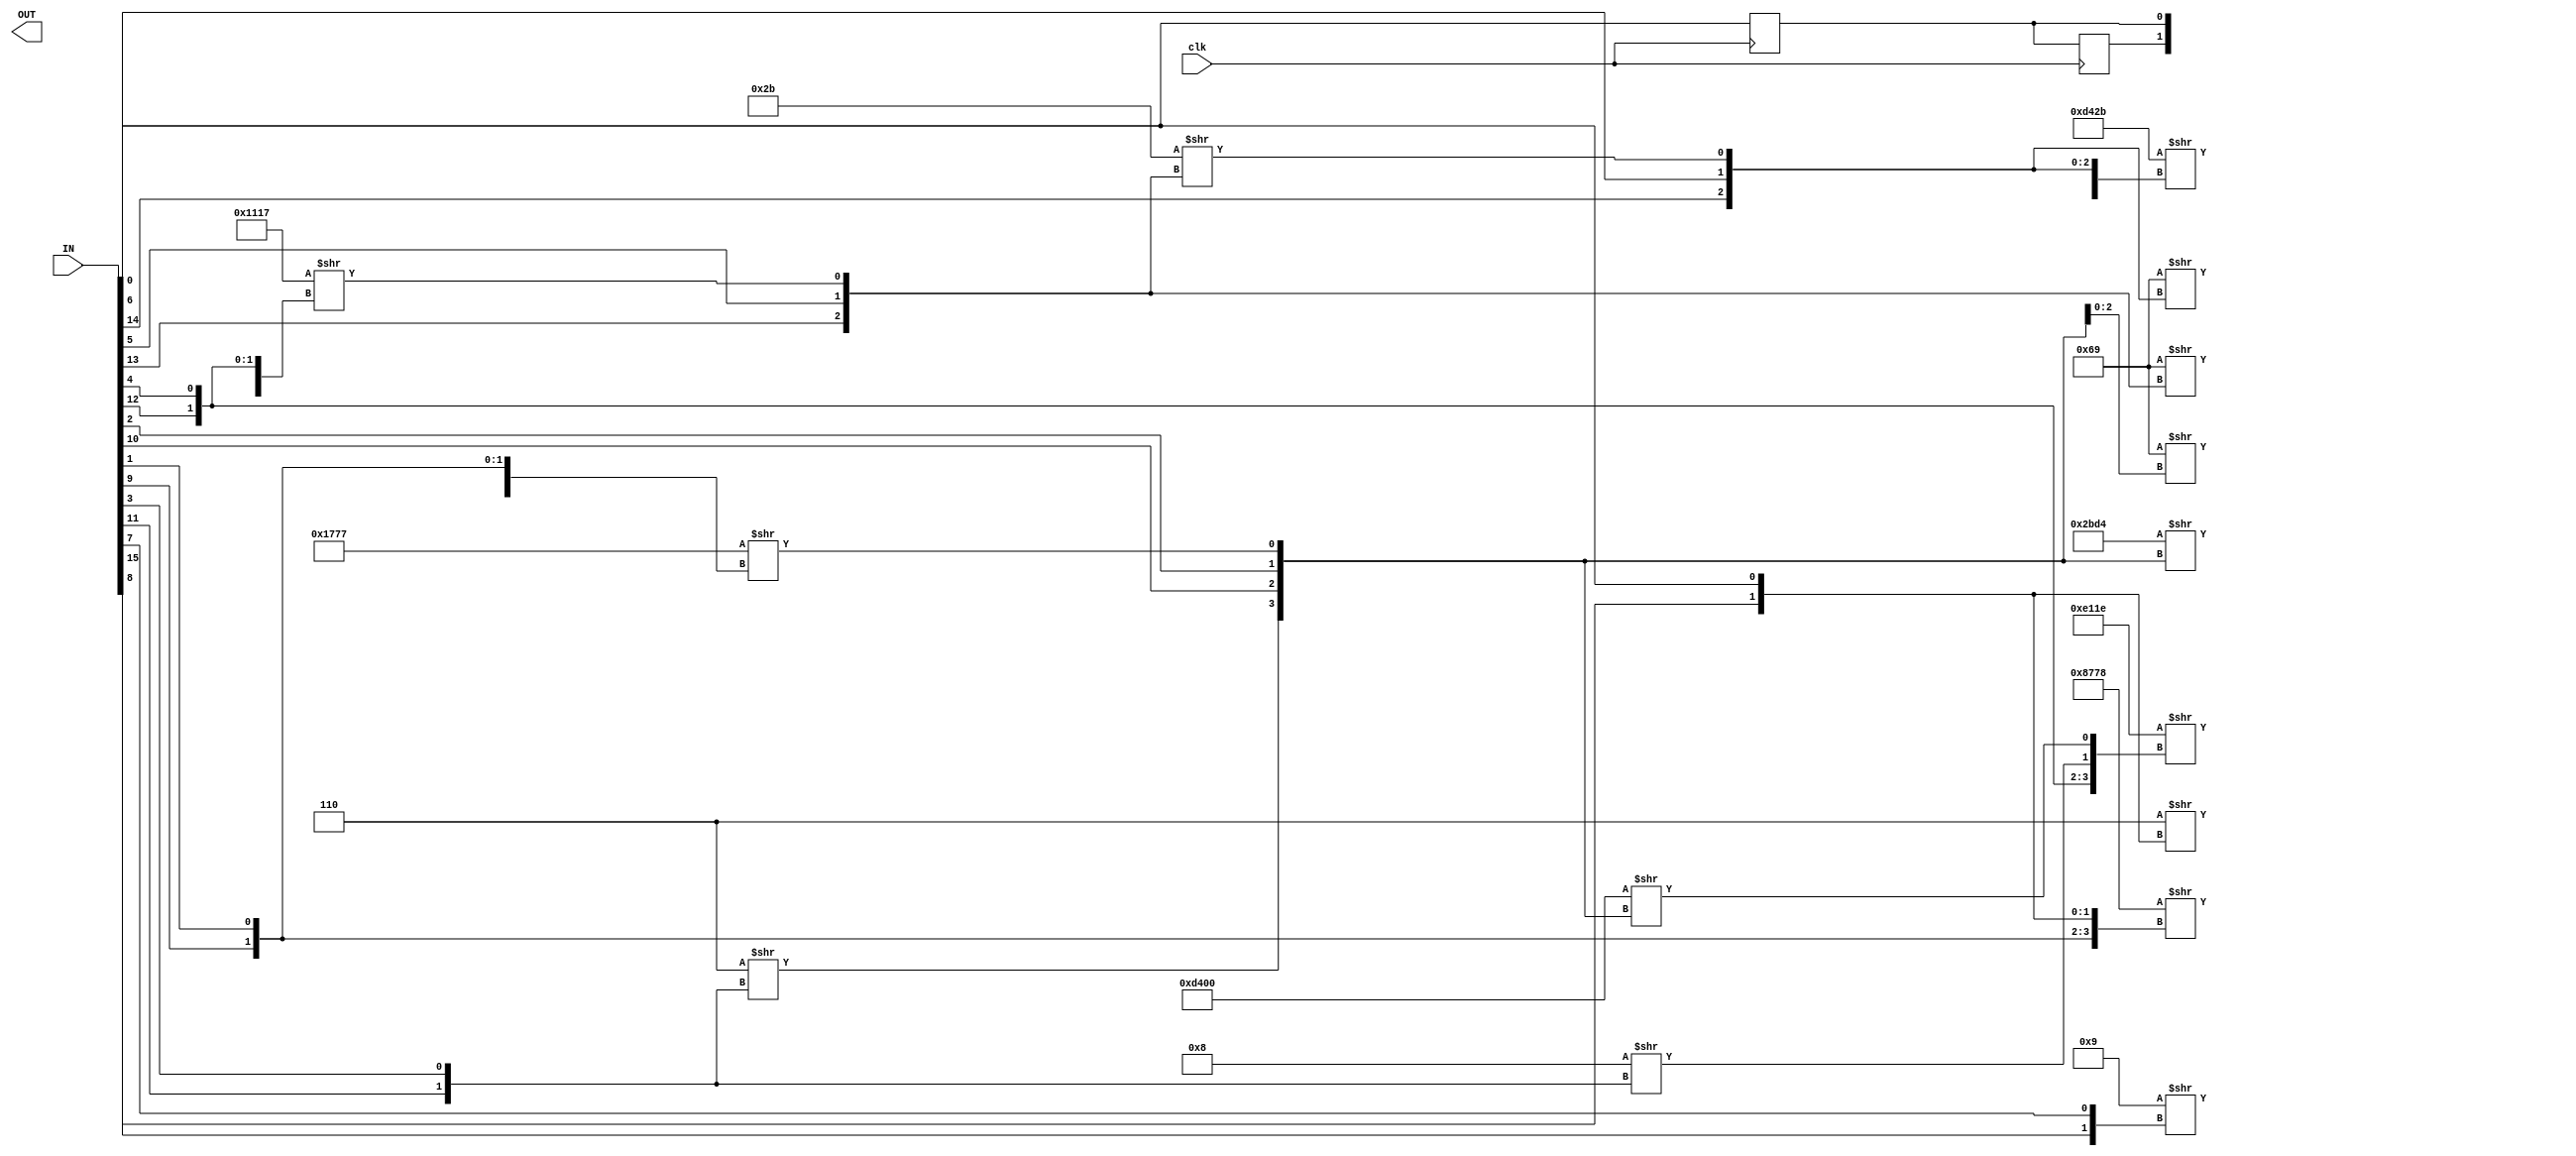
/* Generated by Yosys 0.33+34 (git sha1 b84ed5d3a, clang 10.0.0-4ubuntu1 -fPIC -Os) */

(* top =  1  *)
(* src = "/home/kmgroup/projects/tutorial/fpga_cad_flow/example_designs/simple_fpga_add_test/inputs/add.v:1.1-29.10" *)
module add(IN, OUT, clk);
  wire _00_;
  wire _01_;
  wire _02_;
  wire _03_;
  wire _04_;
  wire _05_;
  wire _06_;
  (* src = "/home/kmgroup/projects/tutorial/fpga_cad_flow/example_designs/simple_fpga_add_test/inputs/add.v:3.19-3.21" *)
  input [127:0] IN;
  wire [127:0] IN;
  (* src = "/home/kmgroup/projects/tutorial/fpga_cad_flow/example_designs/simple_fpga_add_test/inputs/add.v:4.21-4.24" *)
  output [127:0] OUT;
  wire [127:0] OUT;
  (* src = "/home/kmgroup/projects/tutorial/fpga_cad_flow/example_designs/simple_fpga_add_test/inputs/add.v:10.9-10.11" *)
  reg R0;
  (* src = "/home/kmgroup/projects/tutorial/fpga_cad_flow/example_designs/simple_fpga_add_test/inputs/add.v:10.13-10.17" *)
  reg R0_1;
  (* src = "/home/kmgroup/projects/tutorial/fpga_cad_flow/example_designs/simple_fpga_add_test/inputs/add.v:5.11-5.14" *)
  input clk;
  wire clk;
  assign OUT[39] = 16'hd42b >> { _06_, IN[14], IN[6], _00_ };
  assign _00_ = 8'h2b >> { IN[13], IN[5], _01_ };
  assign _01_ = 16'h1117 >> { _05_, _02_, IN[12], IN[4] };
  assign _02_ = 16'hd400 >> { _04_, IN[10], IN[2], _03_ };
  assign _03_ = 16'h1777 >> { IN[0], IN[8], IN[9], IN[1] };
  assign _04_ = 4'h6 >> { IN[11], IN[3] };
  assign _05_ = 4'h8 >> { IN[11], IN[3] };
  assign _06_ = 4'h9 >> { IN[15], IN[7] };
  assign OUT[32] = 4'h6 >> { IN[8], IN[0] };
  assign OUT[33] = 16'h8778 >> { IN[9], IN[1], IN[8], IN[0] };
  assign OUT[34] = 8'h69 >> { IN[10], IN[2], _03_ };
  assign OUT[35] = 16'h2bd4 >> { _04_, IN[10], IN[2], _03_ };
  assign OUT[36] = 16'he11e >> { IN[12], IN[4], _05_, _02_ };
  assign OUT[37] = 8'h69 >> { IN[13], IN[5], _01_ };
  assign OUT[38] = 8'h69 >> { IN[14], IN[6], _00_ };
  (* src = "/home/kmgroup/projects/tutorial/fpga_cad_flow/example_designs/simple_fpga_add_test/inputs/add.v:22.2-25.5" *)
  always @(posedge clk)
    R0 <= R0_1;
  (* src = "/home/kmgroup/projects/tutorial/fpga_cad_flow/example_designs/simple_fpga_add_test/inputs/add.v:22.2-25.5" *)
  always @(posedge clk)
    R0_1 <= IN[0];
  assign { OUT[127:40], OUT[31:0] } = { 118'hxxxxxxxxxxxxxxxxxxxxxxxxxxxxxx, R0, R0_1 };
endmodule